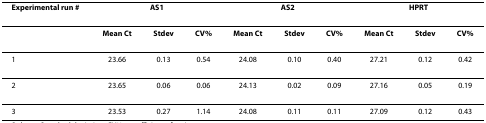
| Experimental run # | <COLSPAN=3> AS1 | <COLSPAN=3> AS2 | <COLSPAN=3> HPRT |
 | --- | --- | --- | --- | --- | --- | --- | --- | --- | --- |
 |  | Mean Ct | Stdev | CV% | Mean Ct | Stdev | CV% | Mean Ct | Stdev | CV% |
 | 1 | 23.66 | 0.13 | 0.54 | 24.08 | 0.10 | 0.40 | 27.21 | 0.12 | 0.42 |
 | 2 | 23.65 | 0.06 | 0.06 | 24.13 | 0.02 | 0.09 | 27.16 | 0.05 | 0.19 |
 | 3 | 23.53 | 0.27 | 1.14 | 24.08 | 0.11 | 0.11 | 27.09 | 0.12 | 0.43 |